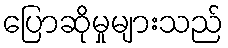
ပြောဆိုမှုများသည်